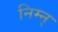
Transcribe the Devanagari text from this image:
निम्न्